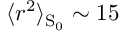
\langle r ^ { 2 } \rangle _ { \mathrm { S } _ { 0 } } \sim 1 5